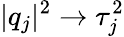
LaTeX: \lvert q_{j}\rvert^{2}\rightarrow\tau_{j}^{2}